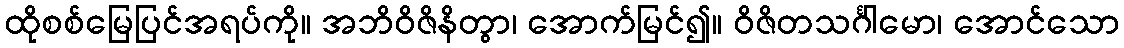
ထိုစစ်မြေပြင်အရပ်ကို။ အဘိဝိဇိနိတွာ၊ အောက်မြင်၍။ ဝိဇိတသင်္ဂါမော၊ အောင်သော